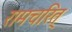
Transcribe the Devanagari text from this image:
रामचरित्